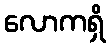
လောကရှိ